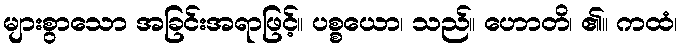
များစွာသော အခြင်းအရာဖြင့်။ ပစ္စယော၊ သည်။ ဟောတိ၊ ၏။ ကထံ၊